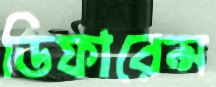
ডিফারেন্স